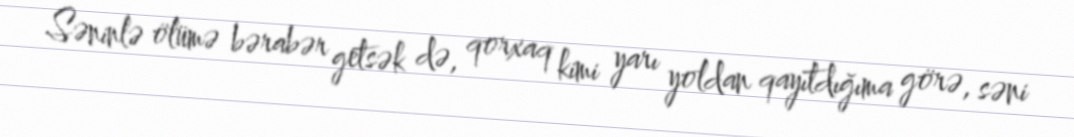
Səninlə ölümə bərabər getsək də, qorxaq kimi yarı yoldan qayıtdığıma görə, səni